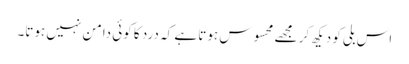
اس بلی کو دیکھ کر مجھے محسوس ہوتا ہے کہ درد کا کوئی دامن نہیں ہوتا۔